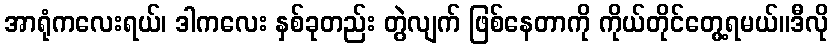
အာရုံကလေးရယ်၊ ဒါကလေး နှစ်ခုတည်း တွဲလျက် ဖြစ်နေတာကို ကိုယ်တိုင်တွေ့ရမယ်။ဒီလို